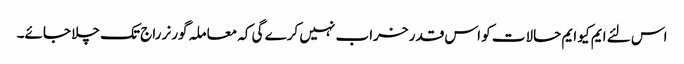
اس لئے ایم کیو ایم حالات کو اس قدر خراب نہیں کرے گی کہ معاملہ گورنر راج تک چلا جائے۔